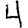
Digit: 4